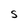
Character: S